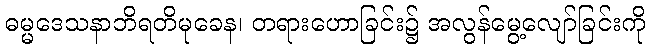
ဓမ္မဒေသနာဘိရတိမုခေန၊ တရားဟောခြင်း၌ အလွန်မွေ့လျော်ခြင်းကို